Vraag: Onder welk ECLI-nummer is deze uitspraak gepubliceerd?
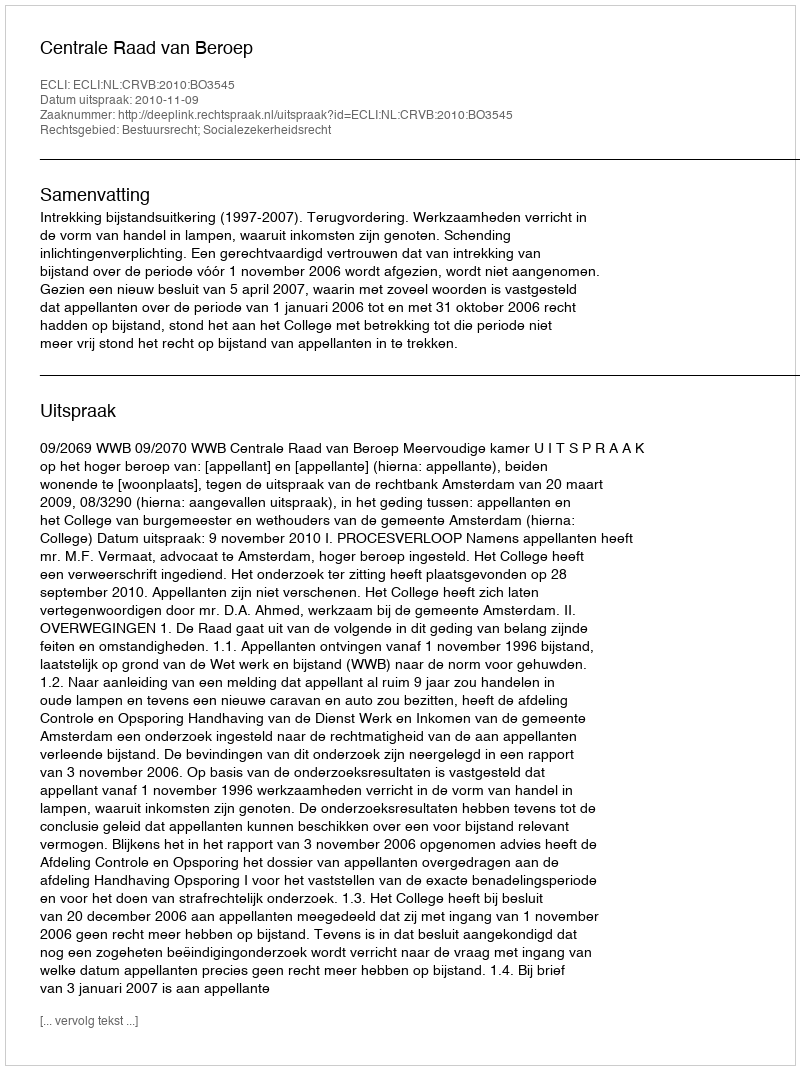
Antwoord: ECLI:NL:CRVB:2010:BO3545